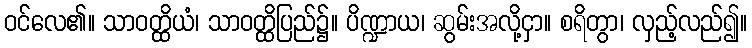
ဝင်လေ၏။ သာဝတ္ထိယံ၊ သာဝတ္ထိပြည်၌။ ပိဏ္ဍာယ၊ ဆွမ်းအလို့ငှာ။ စရိတွာ၊ လှည့်လည်၍။